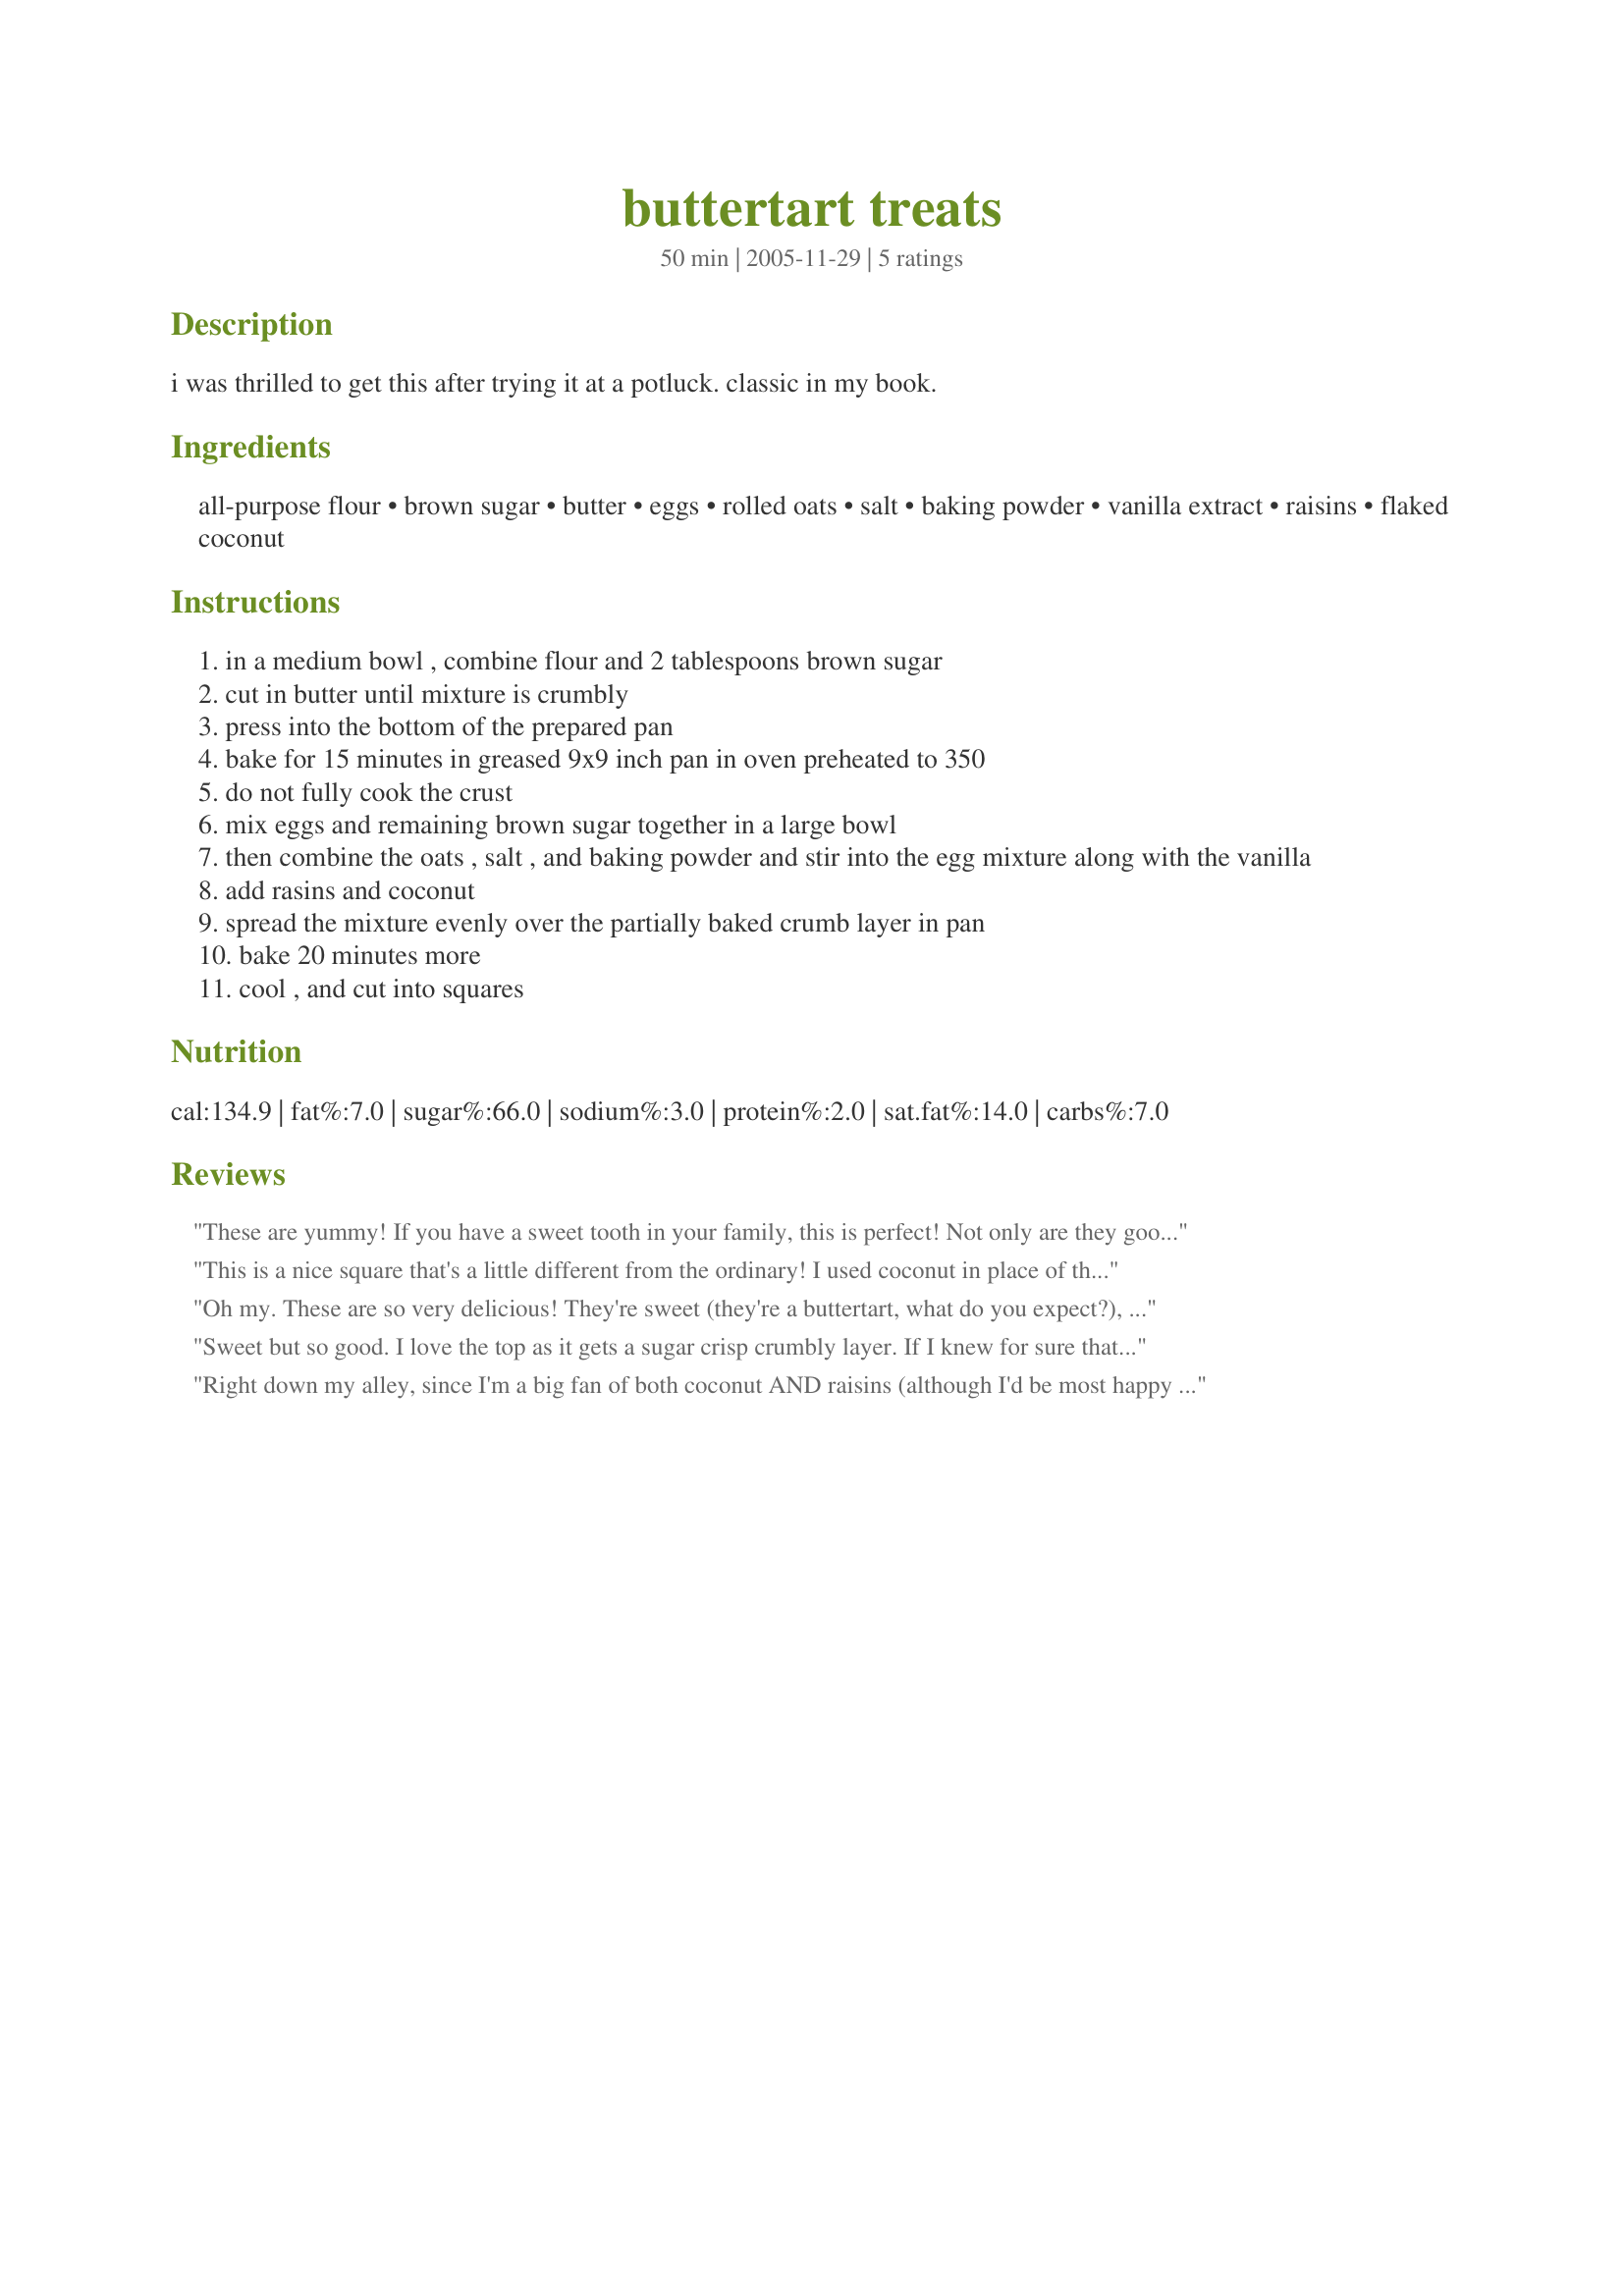
buttertart treats
Preparation time: 50 minutes

i was thrilled to get this after trying it at a potluck. classic in my book.

Ingredients:
all-purpose flour, brown sugar, butter, eggs, rolled oats, salt, baking powder, vanilla extract, raisins, flaked coconut

Steps:
in a medium bowl , combine flour and 2 tablespoons brown sugar
cut in butter until mixture is crumbly
press into the bottom of the prepared pan
bake for 15 minutes in greased 9x9 inch pan in oven preheated to 350
do not fully cook the crust
mix eggs and remaining brown sugar together in a large bowl
then combine the oats , salt , and baking powder and stir into the egg mixture along with the vanilla
add rasins and coconut
spread the mixture evenly over the partially baked crumb layer in pan
bake 20 minutes more
cool , and cut into squares

Reviews:
These are yummy! If you have a sweet tooth in your family, this is perfect! Not only are they good, they are so quick to make! You could easily substitute nuts if you aren't a big raisin fan. Thanks Tabby! Can't wait to try your other recipes!
This is a nice square that's a little different from the ordinary! I used coconut in place of the raisins (for a total of 3/4 cup coconute) & was quite pleased with the results - just a tad sweet. I did try to cut the bars while still slightly warm & was making a gigantic mess. But, once the bars are completely cooled, they slice & come out of the pan nicely.
Oh my. These are so very delicious! They're sweet (they're a buttertart, what do you expect?), but so decadent! I think next time I make them I'll try pecans instead of raisins for a change. The coconut was a nice addition, too. Made for Alphabet Soup Tag. Thanks for sharing the recipe!
Sweet but so good. I love the top as it gets a sugar crisp crumbly layer. If I knew for sure that I would get that same top, I would reduce the sugar by half a cup, but I will just drink a glass of cold milk instead of tampering with the recipe. I did use 1/4 cup nuts, and 1/4 cup coconut, and the 1/2 cup raisins... I will bring some to mom, nothing is too sweet for her, she will just say yum, and pop another in her mouth. I have made other buttertart bars but none with oatmeal, but again you would never know that was in there either, and again on the other recipes, I never got this layer on top that was crispy. Love it. Oh I must also say, they do not taste like Canadian butter tarts, but still a good bar. This is the same recipe as recipe #146691
Right down my alley, since I'm a big fan of both coconut AND raisins (although I'd be most happy to make these another time with dried cranberries or cherries! Anyway, the recipe, as is, makes for a GREAT TASTING bar, one that I'd be happy to share with other NEXT TIME I MAKE THEM, since I ate most of these myself! (Your husband has GREAT taste!) [Made & reviewed for one of my adopted chefs in this Spring's PAC]
